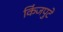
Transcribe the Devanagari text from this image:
किंजपुटे